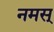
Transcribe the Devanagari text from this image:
नमस्‌